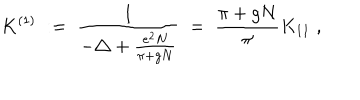
K ^ { ( 1 ) } \; : = \; \frac { 1 } { - \triangle + \frac { e ^ { 2 } N } { \pi + g N } } \; = \; \frac { \pi + g N } { \pi } K _ { 1 1 } \; ,